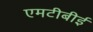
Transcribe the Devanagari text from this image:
एमटीबीई